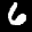
Label: 6